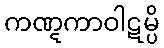
ကဏ္ဋကာဝါဋမ္ပိ